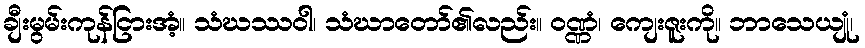
ချီးမွမ်းကုန်ငြားအံ့။ သံဃဿဝါ၊ သံဃာတော်၏လည်း။ ဝဏ္ဏံ၊ ကျေးဇူးကို။ ဘာသေယျုံ၊